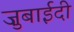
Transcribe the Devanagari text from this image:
ज़ुबाईदी